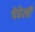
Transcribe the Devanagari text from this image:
पेहेली